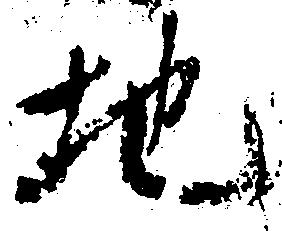
地